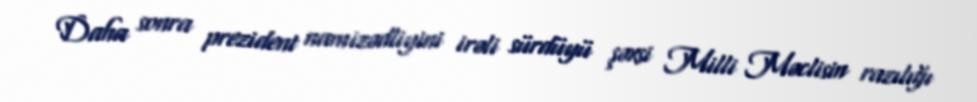
Daha sonra prezident namizədliyini irəli sürdüyü şəxsi Milli Məclisin razılığı